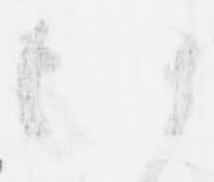
候